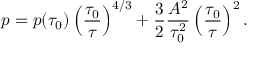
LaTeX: p = p ( \tau _ { 0 } ) \left( \frac { \tau _ { 0 } } { \tau } \right) ^ { { 4 } / { 3 } } + \frac { 3 } { 2 } \frac { A ^ { 2 } } { \tau _ { 0 } ^ { 2 } } \left( \frac { \tau _ { 0 } } { \tau } \right) ^ { 2 } .